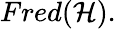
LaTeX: Fred({\mathcal{H}}).